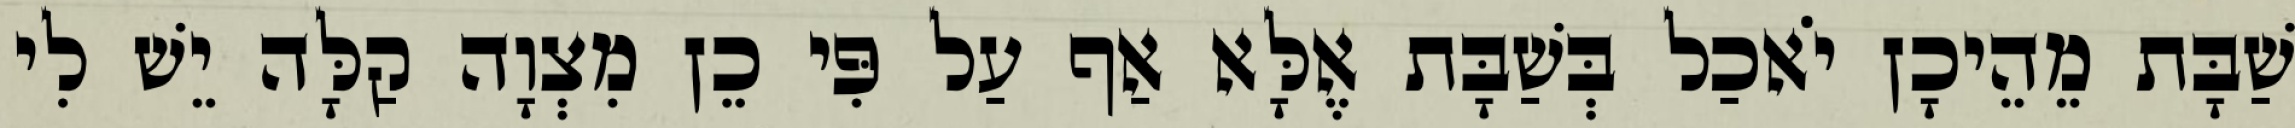
שַׁבָּת מֵהֵיכָן יֹאכַל בְּשַׁבָּת אֶלָּא אַף עַל פִּי כֵן מִצְוָה קַלָּה יֵשׁ לִי